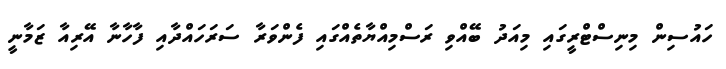
ހައުސިން މިނިސްޓްރީގައި މިއަދު ބޭއްވި ރަސްމިއްޔާތެއްގައި ފެންވަރާ ސަރަހައްދާއި ފާހާނާ އޭރިއާ ޒަމާނީ